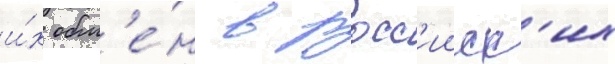
и́х обм'е́н в росс'ииск'их